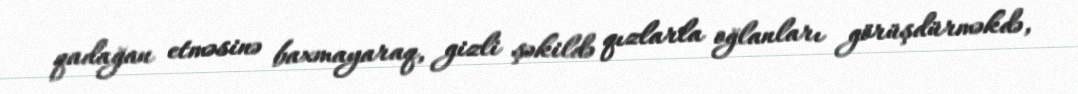
qadağan etməsinə baxmayaraq, gizli şəkildə qızlarla oğlanları görüşdürməkdə,